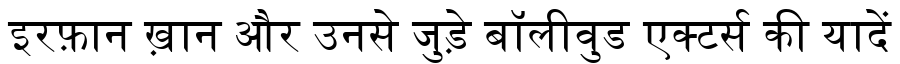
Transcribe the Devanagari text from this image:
इरफ़ान ख़ान और उनसे जुड़े बॉलीवुड एक्टर्स की यादें